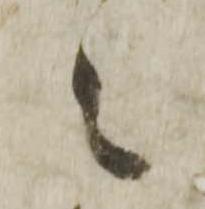
々